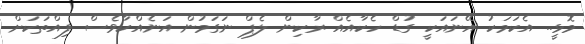
މޮޅީ.. އެކަމަކު އޭނައަކީ ގުޑް ހެކާއެއް ރާކިން ލެޕް ނަގަމުން އަނެއްކާވެސް ފިއްތަކަށް